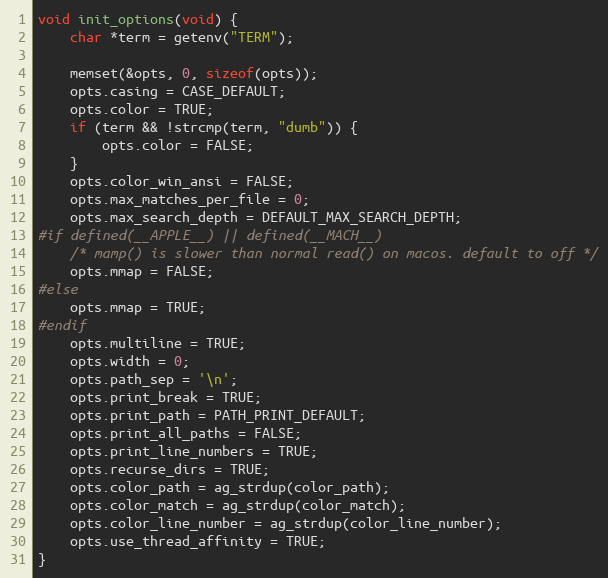
Language: C
void init_options(void) {
    char *term = getenv("TERM");

    memset(&opts, 0, sizeof(opts));
    opts.casing = CASE_DEFAULT;
    opts.color = TRUE;
    if (term && !strcmp(term, "dumb")) {
        opts.color = FALSE;
    }
    opts.color_win_ansi = FALSE;
    opts.max_matches_per_file = 0;
    opts.max_search_depth = DEFAULT_MAX_SEARCH_DEPTH;
#if defined(__APPLE__) || defined(__MACH__)
    /* mamp() is slower than normal read() on macos. default to off */
    opts.mmap = FALSE;
#else
    opts.mmap = TRUE;
#endif
    opts.multiline = TRUE;
    opts.width = 0;
    opts.path_sep = '\n';
    opts.print_break = TRUE;
    opts.print_path = PATH_PRINT_DEFAULT;
    opts.print_all_paths = FALSE;
    opts.print_line_numbers = TRUE;
    opts.recurse_dirs = TRUE;
    opts.color_path = ag_strdup(color_path);
    opts.color_match = ag_strdup(color_match);
    opts.color_line_number = ag_strdup(color_line_number);
    opts.use_thread_affinity = TRUE;
}